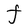
Character: F